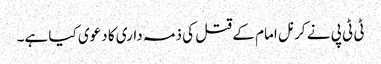
ٹی ٹی پی نے کرنل امام کے قتل کی ذمہ داری کا دعوی کیا ہے۔